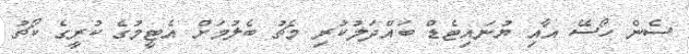
ސެން ހޯސޭ އާއި ޔުނައިޓެޑް ބައްދަލުކުރި މެޗު ބެލުމަށް އެޓީމުގެ ކުރީގެ ކޯޗު